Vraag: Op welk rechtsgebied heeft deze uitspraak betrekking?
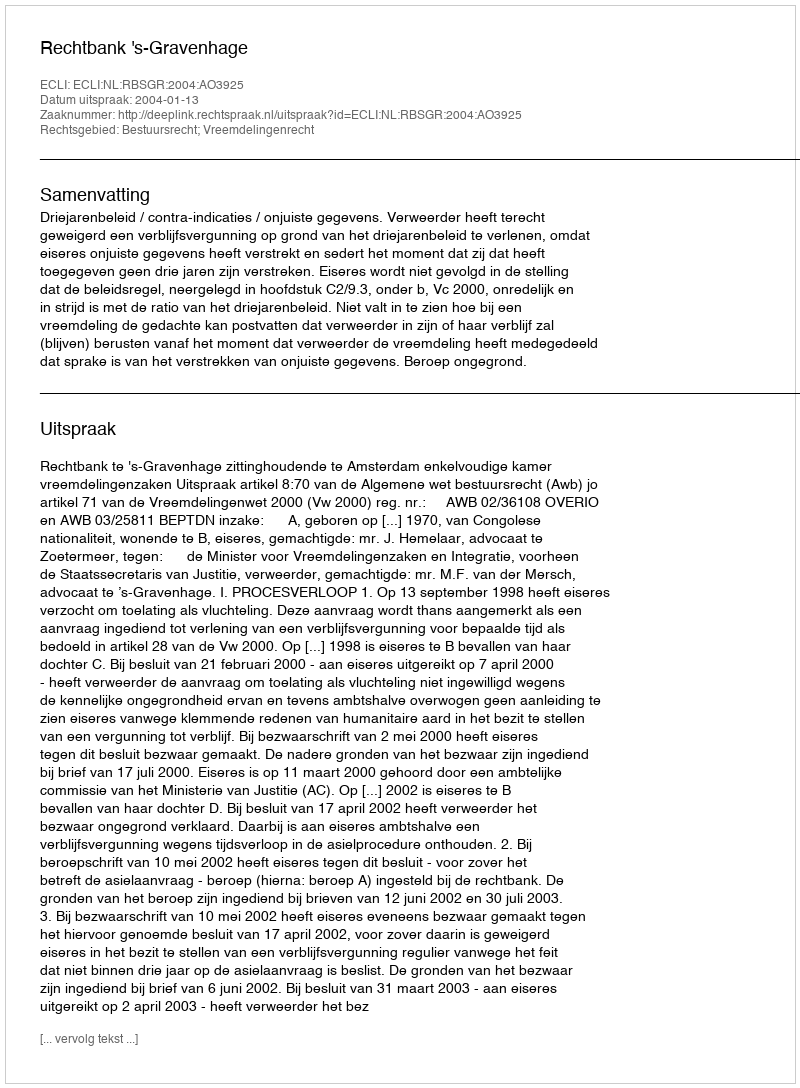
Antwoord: Bestuursrecht; Vreemdelingenrecht